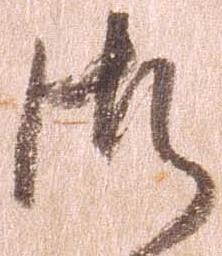
御